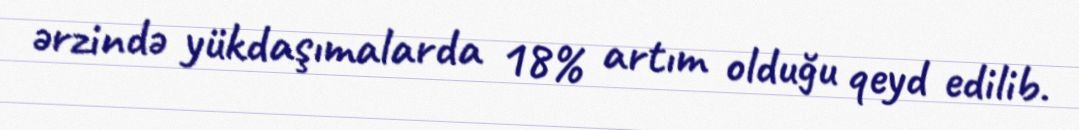
ərzində yükdaşımalarda 18% artım olduğu qeyd edilib.